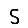
Digit: 5